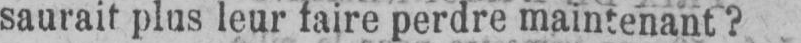
saurait plus leur faire perdre maintenant?